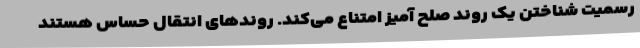
رسمیت شناختن یک روند صلح آمیز امتناع می‌کند. روندهای انتقال حساس هستند